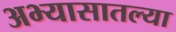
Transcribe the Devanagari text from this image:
अभ्यासातल्या